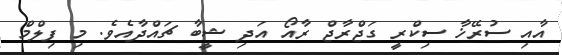
އާއި ސުރޭޚާ ސިކްރީ ގަޖްރާޖް ރާއޯ އަދި ޝީބާ ޗައްދާއެވެ. މި ފިލްމް